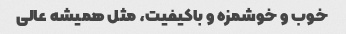
خوب و خوشمزه و باکیفیت، مثل همیشه عالی